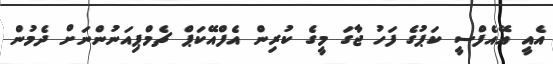
އެއީ އޭއެފްސީ ކަޕުގެ ފަހު ޖާގަ މީގެ ކުރިން އެފްއޭކަޕް ޗެމްޕިއަނުންނަށް ދެމުން